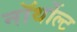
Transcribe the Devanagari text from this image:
नॉर्थोल्ट